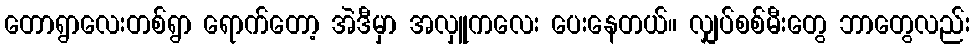
တောရွာလေးတစ်ရွာ ရောက်တော့ အဲဒီမှာ အလှူကလေး ပေးနေတယ်။ လျှပ်စစ်မီးတွေ ဘာတွေလည်း